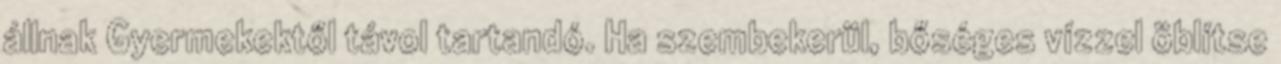
állnak Gyermekektől távol tartandó. Ha szembekerül, bőséges vízzel öblítse